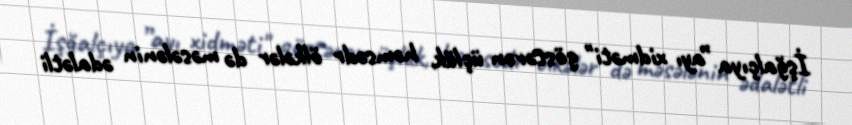
İşğalçıya ”ayı xidməti" göstərən üçlük, həmsədr ölkələr də məsələnin ədalətli